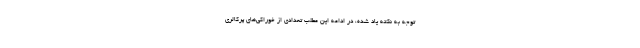
توجه به نکته یاد شده، در ادامه این مطلب تعدادی از خوراکی‌های پُرکالری